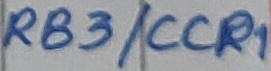
Text: RB3/CCP1